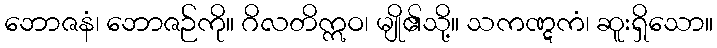
ဘောဇနံ၊ ဘောဇဉ်ကို။ ဂိလတိဣဝ၊ မျို၏သို့။ သကဏ္ဋကံ၊ ဆူးရှိသော။